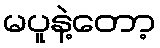
မပူနဲ့တော့